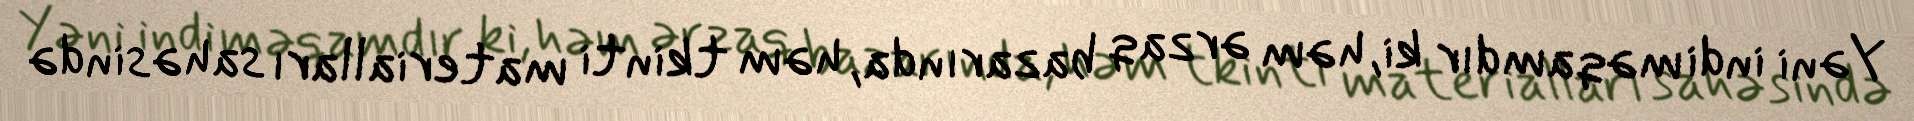
Yəni indi məqamdır ki, həm ərzaq bazarında, həm tkinti materialları sahəsində